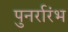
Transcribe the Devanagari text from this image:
पुनर्रारंभ